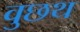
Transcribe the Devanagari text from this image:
वुछथ